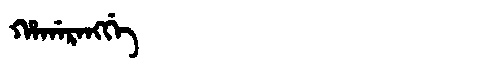
Manchu: ᡥᠠᡤᠠᡵᠠᠩᡤᡝ
Romanization: HAGARANGGE